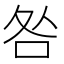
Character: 咎